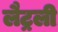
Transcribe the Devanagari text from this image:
लैट्रली